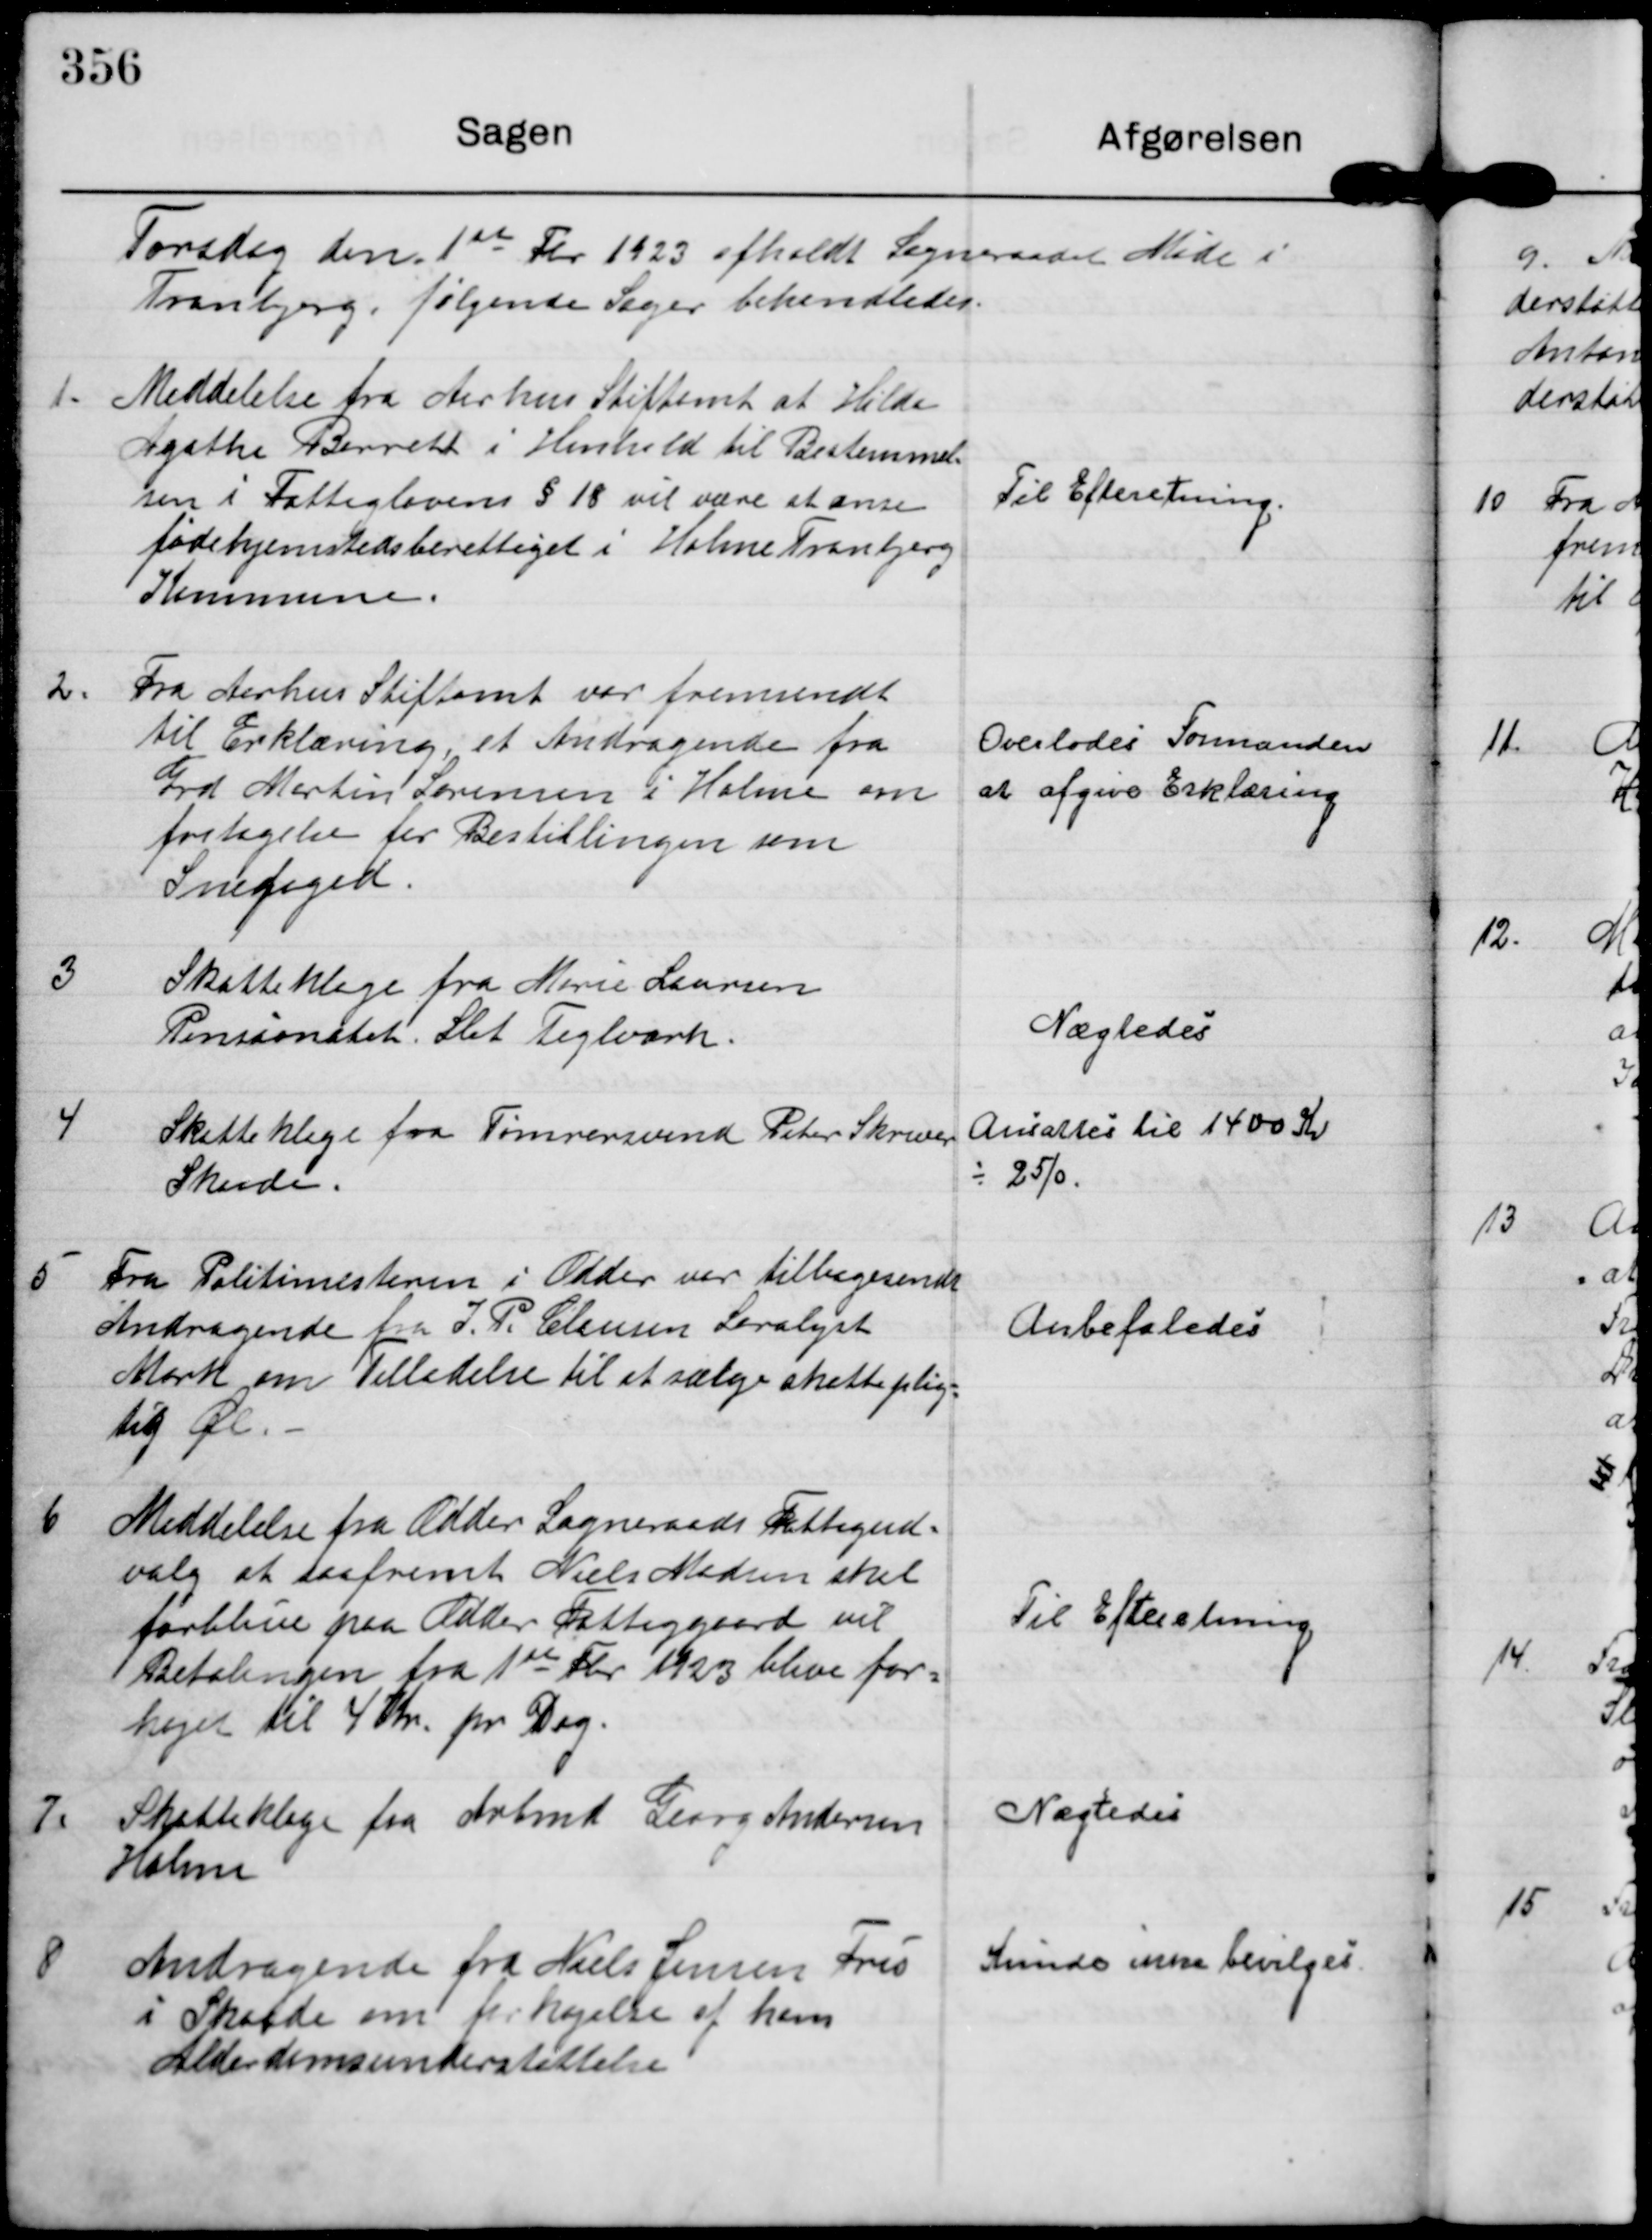
Transskription:
Torsdag den 1st Fbr 1923 afholdt Sogneraadet Møde i
Tranbjerg, følgende Sager behandledes.

1.

Meddelelse fra Aarhus Stiftamt at Hilda
Agathe Barrett i Henhold til Bestemmel-
sen i Fattiglovens § 18 vil være at anse
fødehjemstedsberettiget i Holme Tranbjerg
Kommune.

Til Efteretning.

2.

Fra Aarhus Stiftamt var fremsendt
til Erklæring, et Andragende fra
Grd Martin Sørensen i Holme om
fritagelse for Bestillingen som
Snefoged.

Overlodes Formanden
at afgive Erklæring

3

Skatteklage fra Marie Laursen
Pensionatet. Slet Teglværk.

Nægtedes

4

Skatteklage fra Tømrersvend Peter Skriver
Skaade.

Ansattes til 1400 Kr
- 25%

5

Fra Politimesteren i Odder var tilbagesendt
Andragende fra J. P. Clausen Seralyst
Mark om Tilladelse til at sælge skatteplig-
tig Øl.

Anbefaledes

6

Meddelelse fra Odder Sogneraads Fattigud-
valg at saafremt Niels Madsen skal
forblive paa Odder Fattiggaard vil
Betalingen fra 1st Fbr 1923 blive for-
højet til 4 Kr. pr Dag.

Til Efteretning

7.

Skatteklage fra Arbmd Georg Andersen
Holme

Nægtedes

Andragende fra Niels Jensen Fris
i Skaade om forhøjelse af hans
Alderdomsunderstøttelse

Kunde ikke bevilges.